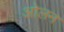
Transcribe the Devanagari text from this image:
ओलन